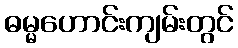
ဓမ္မဟောင်းကျမ်းတွင်